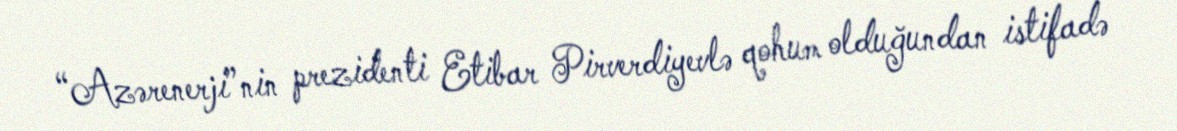
“Azərenerji”nin prezidenti Etibar Pirverdiyevlə qohum olduğundan istifadə